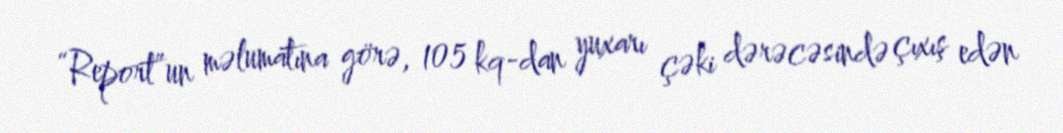
“Report”un məlumatına görə, 105 kq-dan yuxarı çəki dərəcəsində çıxış edən